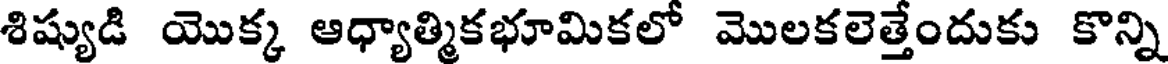
శిష్యుడి యొక్క ఆధ్యాత్మికభూమికలో మొలకలెత్తేందుకు కొన్ని